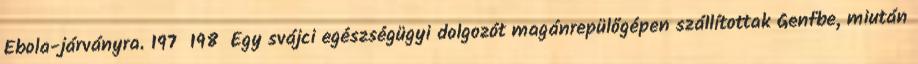
Ebola-járványra. 197 198 Egy svájci egészségügyi dolgozót magánrepülőgépen szállítottak Genfbe, miután